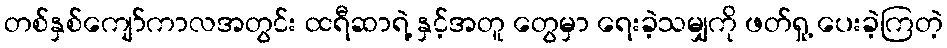
တစ်နှစ်ကျော်ကာလအတွင်း ထရီဆာရဲ့ နှင့်အတူ တွေမှာ ရေးခဲ့သမျှကို ဖတ်ရှု့ ပေးခဲ့ကြတဲ့